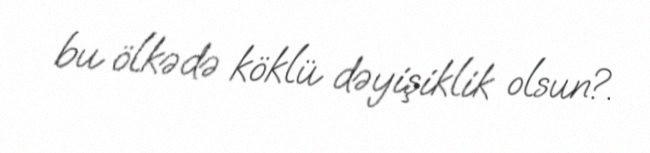
bu ölkədə köklü dəyişiklik olsun?.